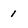
Character: 1